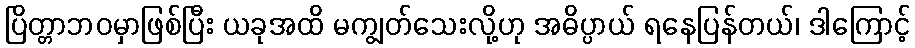
ပြိတ္တာဘဝမှာဖြစ်ပြီး ယခုအထိ မကျွတ်သေးလို့ဟု အဓိပ္ပာယ် ရနေပြန်တယ်၊ ဒါကြောင့်